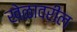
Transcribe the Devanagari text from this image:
खेळावरील